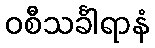
ဝစီသင်္ခါရာနံ